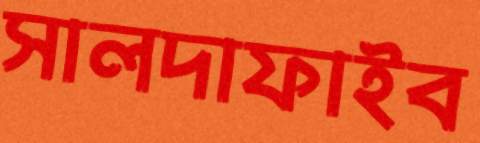
সালদাফাইব